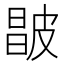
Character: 𰤮